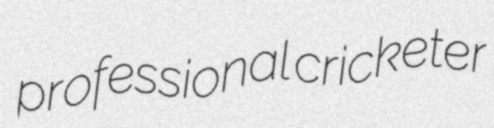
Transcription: professional cricketer